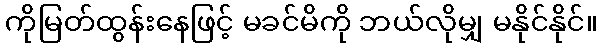
ကိုမြတ်ထွန်းနေဖြင့် မခင်မိကို ဘယ်လိုမျှ မနိုင်နိုင်။